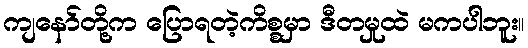
ကျနော်တို့က ပြောရတဲ့ကိစ္စမှာ ဒီတမှုထဲ မကပါဘူး။